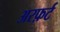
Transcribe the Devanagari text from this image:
अरफ़र्ट